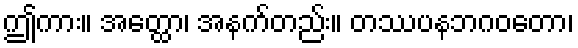
ဤကား။ အတ္ထော၊ အနက်တည်း။ တဿပနဘဂဝတော၊